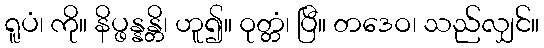
ရူပံ၊ ကို။ နိပ္ဖန္နန္တိ၊ ဟူ၍။ ဝုတ္တံ၊ ပြီ။ တဒေဝ၊ သည်လျှင်။